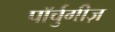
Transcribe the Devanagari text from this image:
पॉर्चुगीज़